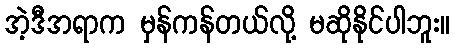
အဲ့ဒီအရာက မှန်ကန်တယ်လို့ မဆိုနိုင်ပါဘူး။